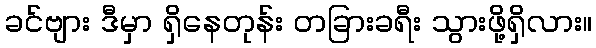
ခင်ဗျား ဒီမှာ ရှိနေတုန်း တခြားခရီး သွားဖို့ရှိလား။